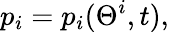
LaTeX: p_{i}=p_{i}(\Theta^{i},t),